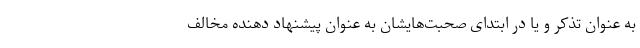
به عنوان تذکر و یا در ابتدای صحبت‌هایشان به عنوان پیشنهاد دهنده مخالف